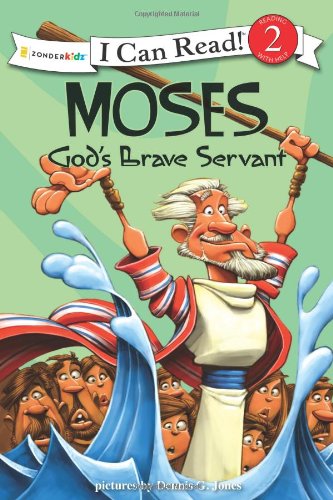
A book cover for Moses, God's Brave Servant: Biblical Values (I Can Read! / Dennis Jones Series); Christian Books & Bibles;